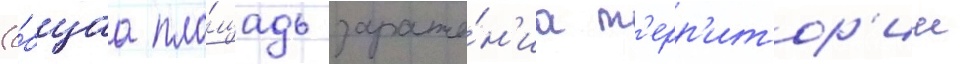
(о́бщаа пло́щадь зараже́н'иа т'ерр'итор'ии